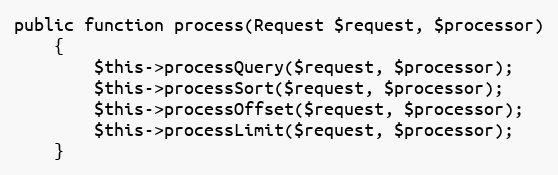
Language: PHP
public function process(Request $request, $processor)
    {
        $this->processQuery($request, $processor);
        $this->processSort($request, $processor);
        $this->processOffset($request, $processor);
        $this->processLimit($request, $processor);
    }